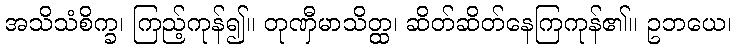
အသိသံစိက္ခ၊ ကြည့်ကုန်၍။ တုဏှီမာသိတ္ထ၊ ဆိတ်ဆိတ်နေကြကုန်၏။ ဥဘယေ၊